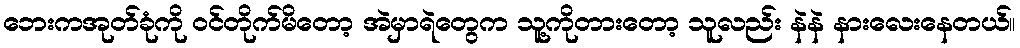
ဘေးကအုတ်ခုံကို ဝင်တိုက်မိတော့ အဲမှာရဲတွေက သူ့ကိုတားတော့ သူလည်း နဲနဲ နားလေးနေတယ်။